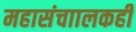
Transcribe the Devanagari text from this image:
महासंचाालकही